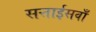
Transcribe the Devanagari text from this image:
सत्ताईसवाँ